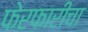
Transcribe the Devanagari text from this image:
फेरफारीचा